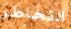
التخاطر